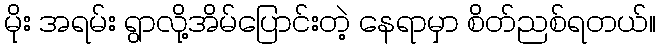
မိုး အရမ်း ရွာလို့အိမ်ပြောင်းတဲ့ နေရာမှာ စိတ်ညစ်ရတယ်။